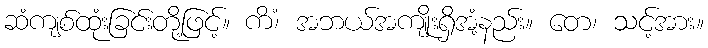
ဆံကျစ်ထုံးခြင်းတို့ဖြင့်။ ကိံ၊ အဘယ်အကျိုးရှိအံ့နည်း။ တေ၊ သင့်အား။